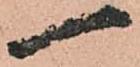
一